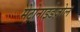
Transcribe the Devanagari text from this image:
मेट्रोनाइडेज़ोल